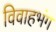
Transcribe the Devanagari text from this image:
विवाहभंग